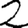
Digit: 2